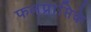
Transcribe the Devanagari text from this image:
फलप्राप्तिके